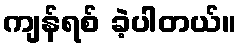
ကျန်ရစ် ခဲ့ပါတယ်။